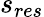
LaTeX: s_{res}